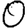
Digit: 0